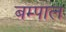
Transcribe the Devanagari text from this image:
बम्पाल